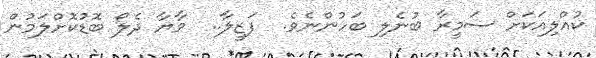
ކުއްލިއަކަށް ސަމީރާ ބުނެލި ބަހުންނެވެ.  ފަޒީލާ..  މާޔާ ދެލޯ ބޮޑުކޮށްލަމުން